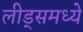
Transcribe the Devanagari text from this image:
लीड्समध्ये